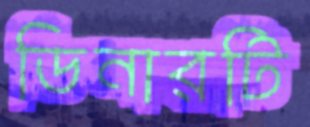
ডিনারটি